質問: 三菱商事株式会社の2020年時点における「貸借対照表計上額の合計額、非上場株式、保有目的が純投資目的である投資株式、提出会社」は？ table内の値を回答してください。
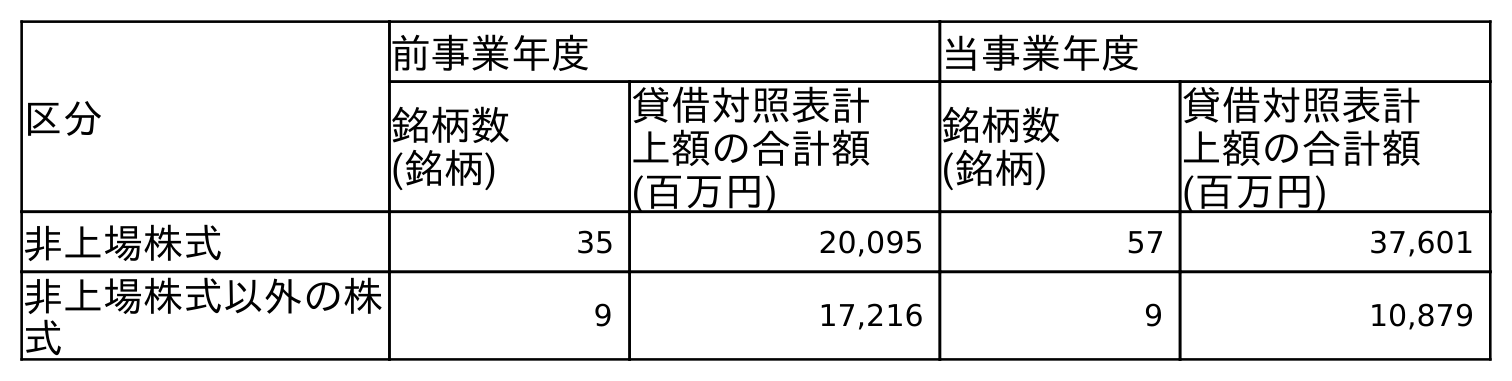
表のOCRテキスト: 区分 前事業年度 当事業年度 銘柄数 (銘柄) 貸借対照表計 上額の合計額 (百万円) 銘柄数 (銘柄) 貸借対照表計 上額の合計額 (百万円) 非上場株式 35 20,095 57 37,601 非上場株式以外の株 式 9 17,216 9 10,879
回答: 37,601